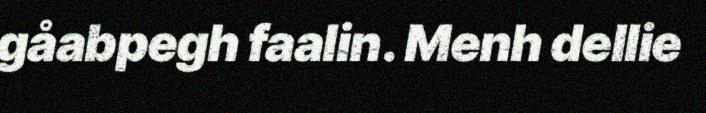
gåabpegh faalin. Menh dellie